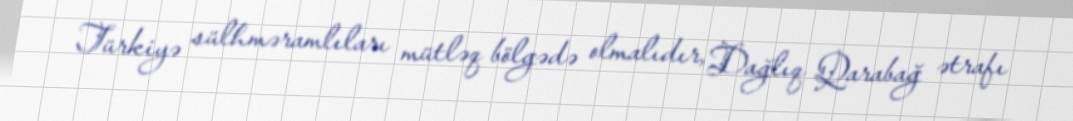
Türkiyə sülhməramlıları mütləq bölgədə olmalıdır, Dağlıq Qarabağ ətrafı